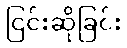
ငြင်းဆိုခြင်း